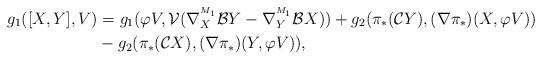
LaTeX: \begin{align*}g_{1}([X,Y],V)&=g_{1}(\varphi V,\mathcal{V}(\nabla^{^{M_1}}_{X}\mathcal{B}Y-\nabla^{^{M_1}}_{Y}\mathcal{B}X))+g_{2}(\pi_{\ast }(\mathcal{C}Y),(\nabla \pi _{\ast})(X, \varphi V))\\&-g_{2}(\pi _{\ast}(\mathcal{C}X),(\nabla\pi _{\ast})(Y,\varphi V)),\end{align*}